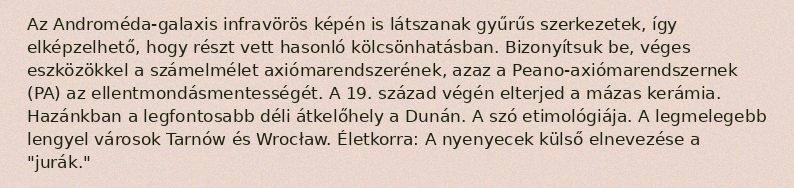
Az Androméda-galaxis infravörös képén is látszanak gyűrűs szerkezetek, így elképzelhető, hogy részt vett hasonló kölcsönhatásban. Bizonyítsuk be, véges eszközökkel a számelmélet axiómarendszerének, azaz a Peano-axiómarendszernek (PA) az ellentmondásmentességét. A 19. század végén elterjed a mázas kerámia. Hazánkban a legfontosabb déli átkelőhely a Dunán. A szó etimológiája. A legmelegebb lengyel városok Tarnów és Wrocław. Életkorra: A nyenyecek külső elnevezése a "jurák."